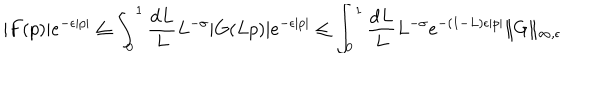
| F ( p ) | e ^ { - \epsilon | p | } \leq \int _ { 0 } ^ { 1 } \frac { \mathrm { d } L } { L } L ^ { - \sigma } | G ( L p ) | e ^ { - \epsilon | p | } \leq \int _ { 0 } ^ { 1 } \frac { \mathrm { d } L } { L } L ^ { - \sigma } e ^ { - ( 1 - L ) \epsilon | p | } \| G \| _ { \infty , \epsilon }